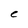
Character: C